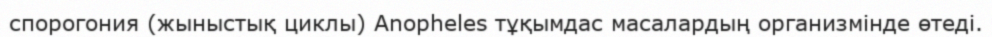
спорогония (жыныстық циклы) Anopheles тұқымдас масалардың организмінде өтеді.